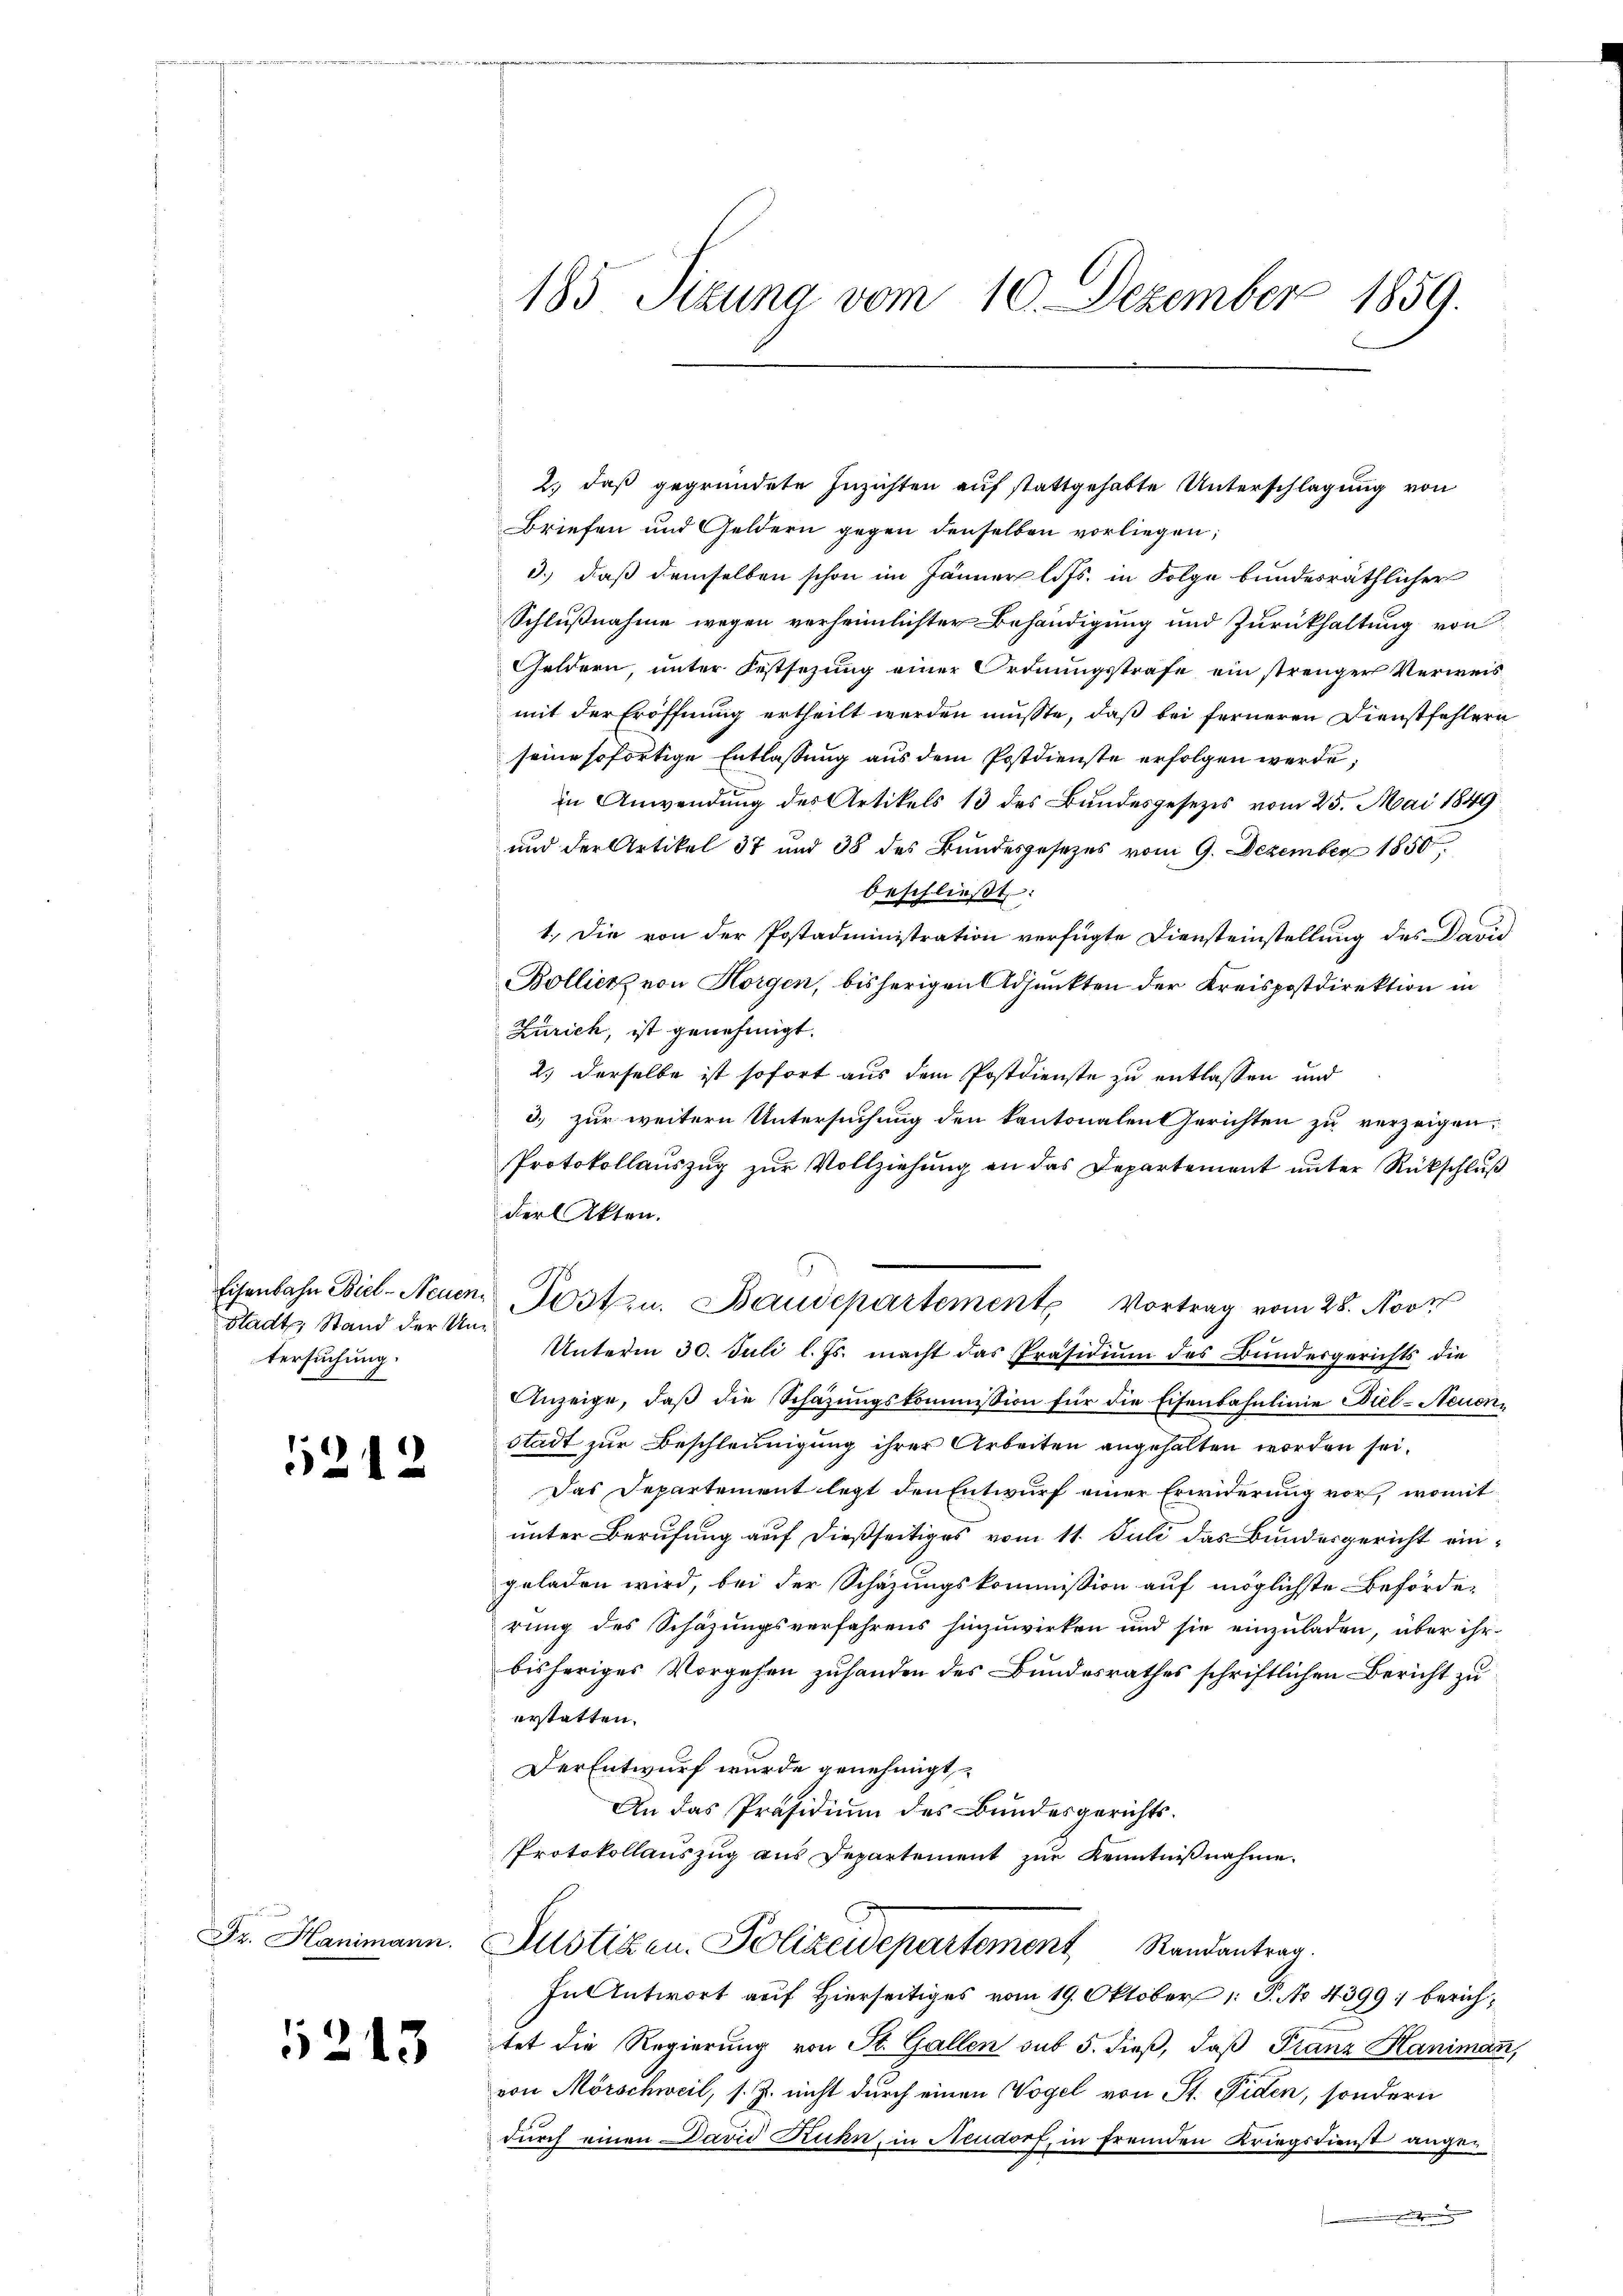
Stadt, Stand der Untersuchung.

5212

Dr. Hanimann.

1213

185 Sizung vom 10. Dezember 1859.

Briefen und Geldern gegen denselben vorliegen;
3.) daß demselben schon im Jänner lits. in Folge bundesräthlicher
Schlußnahme wegen verheimlichter Behändigung und Zurückhaltung von
Geldern, unter Festsezung einer Ordnungsstrafe ein strenger Verweis
mit der Eröffnung ertheilt werden müsste, daß bei ferneren Dienstfehlern
seine sofortige Entlassung aus dem Postdienste erfolgen werde;
in Anwendung des Artikels 13 des Bundesgesezes vom 25. Mai 1849
und der Artikel 37 und 38 des Bundesgesetzes vom 9. Dezember 1850
beschließt:
1.) Die von der Postadministration verfügte Diensteinstellung des David
Bollienz von Horgen, bisherigen Adjunkten der Kreispostdirektion in
Zürich, ist genehmigt.
2.) Derselbe ist sofort aus dem Postdienste zu entlassen und
3. zur weitern Untersuchung den kantonalen Gerichten zu verzeigen,
Protokollauszug zur Vollziehung an das Departement unter Rückschluß
der Akten.
Unterm 30. Juli l. Js. macht das Präsidium des Bundesgerichts die
Anzeige, daß die Schazungskommission für die Eisenbahnlinie Biel-Neuen
stadt zur Beschleunigung ihrer Arbeiten angehalten worden sei.
Das Departement legt den Entwurf einer Erwiderung vor, womit
unter Berufung auf dießseitiges vom 11. Juli das Bundergericht ein-
geladen wird, bei der Schazungskommission auf möglichste Beförde-
rung des Schazungsverfahrens hinzuwirken und sie einzuladen, über ihr
bisheriges Vorgehen zuhanden des Bundesrathes schriftlichen Bericht zu
erstatten.
Der Entwurf wurde genehmigt
An das Präsidium des Bundesgerichts¬
Protokollauszug aus Departement zur Kenntnißnahme.
Justizen. Polizeidepartement Randantrag.
In Antwort auf Hierseitiges vom 19. Oktober 1 S. No. 4399: berichtet die Regierung von St. Gallen sub 5. dieß, daß Franz Haniman,
von Mörschweil, s. Z. nicht durch einen Vogel von St. Fiden, sondern
durch einen David Kuhn, in Neudorf, in fremden Kriegsdienst angen.
t

Eisenbahn Biel-Neuen Post zu. Baudepartement Vortrag vom 28. Nove

2.) daß gegründete Inzichten auf stattgehabte Unterschlagung von